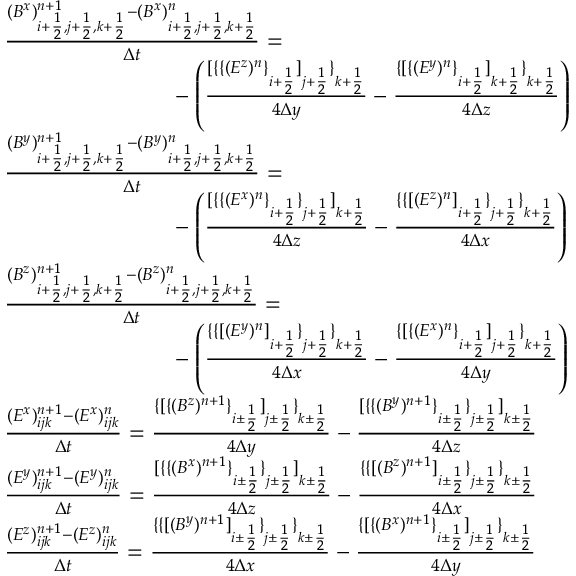
\begin{array} { r l } & { \frac { ( B ^ { x } ) _ { i + \frac 1 2 , j + \frac 1 2 , k + \frac 1 2 } ^ { n + 1 } - ( B ^ { x } ) _ { i + \frac 1 2 , j + \frac 1 2 , k + \frac 1 2 } ^ { n } } { \Delta t } = } \\ & { \phantom { m m m m m m m m m } - \left( \frac { [ \{ \{ ( E ^ { z } ) ^ { n } \} _ { i + \frac 1 2 } ] _ { j + \frac 1 2 } \} _ { k + \frac 1 2 } } { 4 \Delta y } - \frac { \{ [ \{ ( E ^ { y } ) ^ { n } \} _ { i + \frac 1 2 } ] _ { k + \frac 1 2 } \} _ { k + \frac 1 2 } } { 4 \Delta z } \right) } \\ & { \frac { ( B ^ { y } ) _ { i + \frac 1 2 , j + \frac 1 2 , k + \frac 1 2 } ^ { n + 1 } - ( B ^ { y } ) _ { i + \frac 1 2 , j + \frac 1 2 , k + \frac 1 2 } ^ { n } } { \Delta t } = } \\ & { \phantom { m m m m m m m m m } - \left( \frac { [ \{ \{ ( E ^ { x } ) ^ { n } \} _ { i + \frac 1 2 } \} _ { j + \frac 1 2 } ] _ { k + \frac 1 2 } } { 4 \Delta z } - \frac { \{ \{ [ ( E ^ { z } ) ^ { n } ] _ { i + \frac 1 2 } \} _ { j + \frac 1 2 } \} _ { k + \frac 1 2 } } { 4 \Delta x } \right) } \\ & { \frac { ( B ^ { z } ) _ { i + \frac 1 2 , j + \frac 1 2 , k + \frac 1 2 } ^ { n + 1 } - ( B ^ { z } ) _ { i + \frac 1 2 , j + \frac 1 2 , k + \frac 1 2 } ^ { n } } { \Delta t } = } \\ & { \phantom { m m m m m m m m m } - \left( \frac { \{ \{ [ ( E ^ { y } ) ^ { n } ] _ { i + \frac 1 2 } \} _ { j + \frac 1 2 } \} _ { k + \frac 1 2 } } { 4 \Delta x } - \frac { \{ [ \{ ( E ^ { x } ) ^ { n } \} _ { i + \frac 1 2 } ] _ { j + \frac 1 2 } \} _ { k + \frac 1 2 } } { 4 \Delta y } \right) } \\ & { \frac { ( E ^ { x } ) _ { i j k } ^ { n + 1 } - ( E ^ { x } ) _ { i j k } ^ { n } } { \Delta t } = \frac { \{ [ \{ ( B ^ { z } ) ^ { n + 1 } \} _ { i \pm \frac 1 2 } ] _ { j \pm \frac 1 2 } \} _ { k \pm \frac 1 2 } } { 4 \Delta y } - \frac { [ \{ \{ ( B ^ { y } ) ^ { n + 1 } \} _ { i \pm \frac 1 2 } \} _ { j \pm \frac 1 2 } ] _ { k \pm \frac 1 2 } } { 4 \Delta z } } \\ & { \frac { ( E ^ { y } ) _ { i j k } ^ { n + 1 } - ( E ^ { y } ) _ { i j k } ^ { n } } { \Delta t } = \frac { [ \{ \{ ( B ^ { x } ) ^ { n + 1 } \} _ { i \pm \frac 1 2 } \} _ { j \pm \frac 1 2 } ] _ { k \pm \frac 1 2 } } { 4 \Delta z } - \frac { \{ \{ [ ( B ^ { z } ) ^ { n + 1 } ] _ { i \pm \frac 1 2 } \} _ { j \pm \frac 1 2 } \} _ { k \pm \frac 1 2 } } { 4 \Delta x } } \\ & { \frac { ( E ^ { z } ) _ { i j k } ^ { n + 1 } - ( E ^ { z } ) _ { i j k } ^ { n } } { \Delta t } = \frac { \{ \{ [ ( B ^ { y } ) ^ { n + 1 } ] _ { i \pm \frac 1 2 } \} _ { j \pm \frac 1 2 } \} _ { k \pm \frac 1 2 } } { 4 \Delta x } - \frac { \{ [ \{ ( B ^ { x } ) ^ { n + 1 } \} _ { i \pm \frac 1 2 } ] _ { j \pm \frac 1 2 } \} _ { k \pm \frac 1 2 } } { 4 \Delta y } } \end{array}